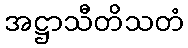
အဋ္ဌာသီတိသတံ